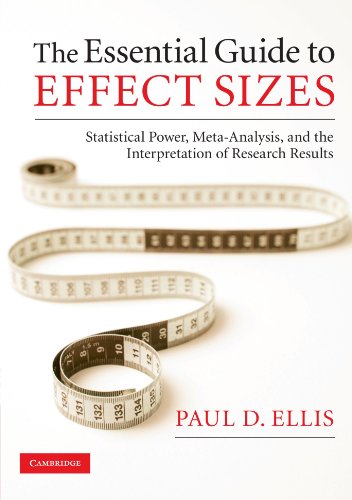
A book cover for The Essential Guide to Effect Sizes: Statistical Power, Meta-Analysis, and the Interpretation of Research Results; Paul D. Ellis; Science & Math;